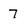
Character: 7